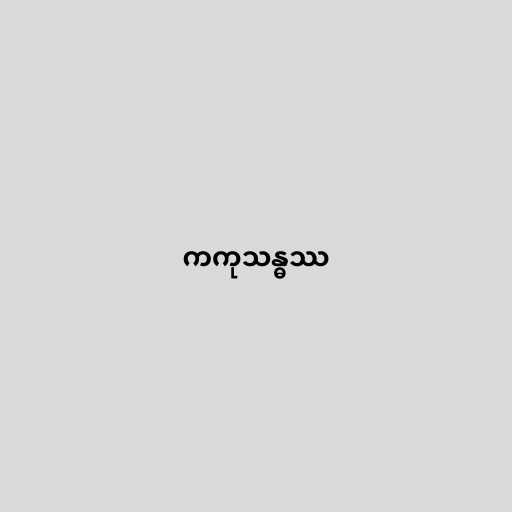
ကကုသန္ဓဿ